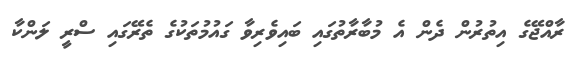
ރާއްޖޭގެ އިތުރުން ދެން އެ މުބާރާތުގައި ބައިވެރިވާ ގައުމުތަކުގެ ތެރޭގައި ސްރީ ލަންކާ